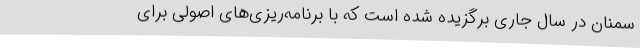
سمنان در سال جاری برگزیده شده است که با برنامه‌ریزی‌های اصولی برای